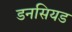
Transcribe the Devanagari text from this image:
डनसियड